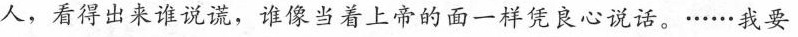
人，看得出来谁说谎，谁像当着上帝的面一样凭良心说话。······我要